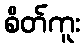
စိတ်ကူး